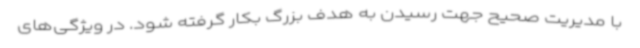
با مدیریت صحیح جهت رسیدن به هدف بزرگ بکار گرفته شود. در ویژگی‌های